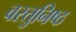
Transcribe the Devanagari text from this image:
वस्‍तुनिष्‍ठ